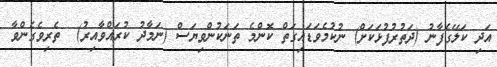
އަދި ކަލޭގެފާނު (ދަތުރުފުޅަކަށް) ނުކުމެވަޑައިގަތް ކޮންމެ ތަނަކުންވިޔަސް (ނަމާދު ކުރައްވާއިރު)  ތެރިވެގެންވާ